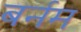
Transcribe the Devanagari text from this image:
बर्नम